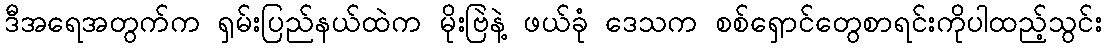
ဒီအရေအတွက်က ရှမ်းပြည်နယ်ထဲက မိုးဗြဲနဲ့ ဖယ်ခုံ ဒေသက စစ်ရှောင်တွေစာရင်းကိုပါထည့်သွင်း